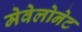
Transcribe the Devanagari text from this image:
मेवेलोनेट